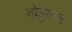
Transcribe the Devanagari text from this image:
तोट्टुंकल